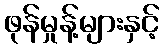
ဖုန်မှုန့်များနှင့်